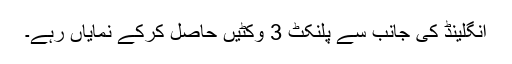
انگلینڈ کی جانب سے پلنکٹ 3 وکٹیں حاصل کرکے نمایاں رہے۔